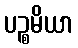
ပဉ္စမိယာ